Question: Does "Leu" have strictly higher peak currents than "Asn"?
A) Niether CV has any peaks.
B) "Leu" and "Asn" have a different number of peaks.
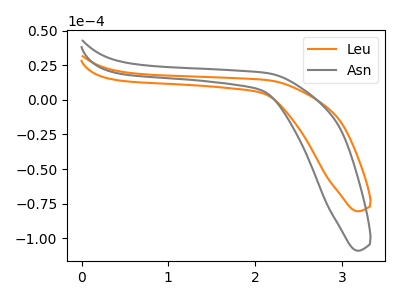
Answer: <think>The orange curve "Leu" has no peaks. The gray curve "Asn" has no peaks.</think>
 <answer>A) Niether CV has any peaks.</answer>
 <eval>A</eval>